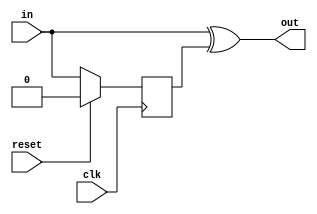
module toggle2pulse_1(
   out,
   clk, in, reset
   );
   input  clk; 
   input  in;   
   output out;
   input  reset;
   reg 	  out_reg;
   always @ (posedge clk)
     if(reset)
       out_reg <= 1'b0;
     else
       out_reg <= in;
   assign out = in ^ out_reg;
endmodule